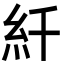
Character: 䊹